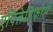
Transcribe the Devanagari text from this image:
एपिलेप्तिफोर्म